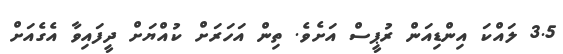
3.5 ލައްކަ އިންޑިއަން ރުޕީސް އަށެވެ. ތިން އަހަރަށް ކުއްޔަށް ދީފައިވާ އެގެއަށް